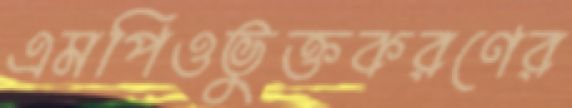
এমপিওভুক্তকরণের